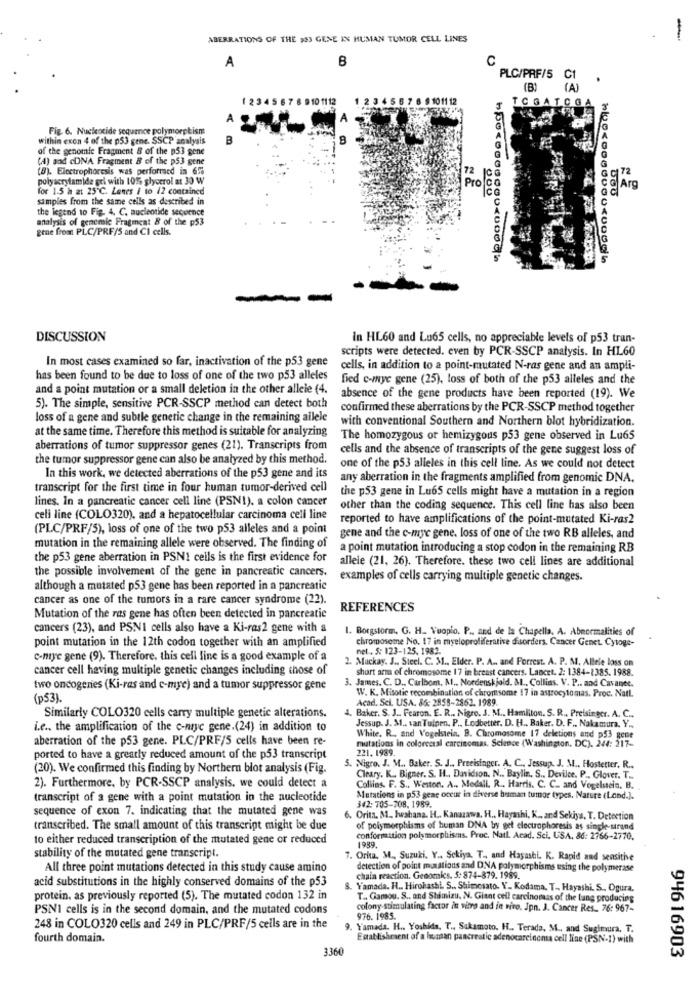
ABERRATIONS OF THE 333 GENE IN HUMAN TUMOR CELL LINES
-
B
C
A
PLC/PRF/5 C1
(B)
(A)
1 2345 6 7 8 9101112
$ 10 11 12
TCGATCGA
A
Fig. 6. Nucleotide sequence polymorphism
within exon 4 of the p53 gene. SSCP analysis
B
of the genomle Fragment 5 of the p53 gene
(4) and coNA Fragment & of the p53 gene
(8). Electrophoresis was performed in 6%
polyacrylamide gel with 101% glycerol at 30 W
72
Pro
9 72
for 1.5 a 2: 25℃. Lenes / to /2 contained
Arg
samples from the same cells as described in
the legend to Fig. 4. C. nucleotide sequence
analysis of genemie Fragment & of the p53
gene from PLC/PRF/S and Cl cells.
8800200000
DISCUSSION
In HL60 and Lu65 cells, no appreciable levels of p53 tran-
scripts were detected. even by PCR-SSCP analysis. In HL60
In most cases examined so far, inactivation of the p53 gene
cells, in addition to a point-mutated N-ras gene and an ampli-
has been found to be due to loss of one of the two p53 alleles
fied c-mye gene (25), loss of both of the p53 alleles and the
and a point mutation or a small deletion in the other allele (4.
absence of the gene products have been reported (19). We
5). The simple, sensitive PCR-SSCP method can detect both
confirmed these aberrations by the PCR-SSCP method together
loss of a gene and subtle genetic change in the remaining ailele
with conventional Southern and Northern blot hybridization.
at the same time. Therefore this method is suitable for analyzing
The homozygous or hemizygous p53 gene observed in Lu65
aberrations of tumor suppressor genes (21). Transcripts from
cells and the absence of transcripts of the gene suggest loss of
the tumor suppressor gene can also be analyzed by this method.
one of the p53 alleles in this cell line. As we could not detect
In this work, we detected aberrations of the p53 gene and its
any aberration in the fragments amplified from genomic DNA.
transcript for the first time in four human tumor-derived cell
the p53 gene in Lu65 cells might have a mutation in a region
lines. In a pancreatic cancer cell line (PSN1). a colon cancer
other than the coding sequence. This cell line has also been
celi line (COLO320), and a hepatocellular carcinoma cell line
reported to have amplifications of the point-mutated Ki-ras2
(PLC/PRF/5), loss of one of the two p53 alleles and a point
gene and the c-mye gene. loss of one of the two RB alleles, and
mutation in the remaining allele were observed. The finding of
a point mutation introducing a stop codon in the remaining RB
the p53 gene aberration in PSN1 cells is the first evidence for
allele (21, 26). Therefore. these two cell lines are additional
the possible involvement of the gene in pancreatic cancers.
examples of cells carrying multiple genetic changes.
although a mutated p53 gene has been reported in a pancreatic
cancer as one of the tumors in a rare cancer syndrome (22).
REFERENCES
Mutation of the ras gene has often been detected in pancreatic
cancers (23), and PSNI cells also have a Ki-ras2 gene with a
1. Borgstorm. G. H. Vuopio. P ., and de la Chapella. A. Abnormalities of
point mutation in the 12th codon together with an amplified
chromosome No. 17 in myeloproliferative disorders, Cancer Genet. Cytoge-
net .. $: 123-125. 1982.
c-mye gene (9). Therefore, this cell line is a good example of a
2. Muckay. J ., Steel. C. M ., Elder. P. A .. and Forrest. A. P. M. Allele loss on
cancer cell having multiple genetic changes including those of
short arm of chromosome 17 in breast cancers. Lancet. 2: 1384-1385. 1988.
3. James. C. D ., Carlbom, M .. Nordenskjold. &l ., Collias. V. P .. and Cavance.
two oncogenes (Ki-ras and c-mye) and a tumor suppressor gene
W. K. Misotic recombination of chromsome 17 in astrocytomas. Proc. Natl.
(ps3).
Acad, Sci. USA. 86: 2855-2862. 1989.
Similarly COLO320 cells carry multiple genetic alterations.
. Baker. S. J .. Fearon. E. R .. Nigro. S. M ., Hamilton. S. R ., Preisinger. A. C ..
i.e ., the amplification of the c-niye gene.(24) in addition to
Jessup. J. M .. van Tuinen. P ., Lodbetter. D. H ., Baker. D. F ., Nakamura, Y ..
aberration of the p53 gene. PLC/PRF/5 cells have been re-
White. R ., and Vogelstein. B. Chromosome 17 deletions and p53 gene
mutations in colorectal carcinomas. Science (Washington, DC). 244: 217-
221. 1989.
ported to have a greatly reduced amount of the p53 transcript
(20). We confirmed this finding by Northern blot analysis (Fig.
5. Nigro. J. M ., Baker. S. J ., Preeisinger. A. C ., Jessup. J. M .. Hostetter. R ..
Cleary. K. Bigner. S. H ., Davidson. N .. Baylin, S .. Devilce. P ., Glover. T ..
2). Furthermore, by PCR-SSCP analysis. we could detect a
Collins. F. S ., Weston. A ., Modall. R ., Harris. C. C. and Vogelstein. B.
transcript of a gene with a point mutation in the nucleotide
Mutations in p53 gene occur in diverse buman tumor types. Nature (Lond.].
sequence of exon 7. indicating that the mutated gene was
342: 705-708. 1989.
6. Orita. M .. Iwahana. H .. Kanazawa, H ., Hayashi, K ., and Sekiya, T. Detection
transcribed. The small amount of this transcript might be due
of polymorphisms of human DNA by get electrophoresis as single-strand
to either reduced transcription of the mutated gene or reduced
conformation polymorphisms. Proc. Natl. Acad. Sci. USA. 86: 2766-2770.
1989.
stability of the mutated gene transcript.
7. Orka. M ., Suzuki. Y ., Sekiya. T ., and Hayashi. K. Rapid and sensitive
All three point mutations detected in this study cause amino
detection of point maxations and D.NA polymorphisms using the polymerase
acid substitutions in the highly conserved domains of the p53
chain reaction. Genomics. 5: 874-879. 1989.
Yamada. H .. Hirohashi. S ., Shimosato. Y. Kodama. T ., Hayashi. S ., Ogura.
protein, as previously reported (5). The mutated codon 132 in
T ., Gamou. S ., and Shimizu, N. Giant cell carcinomas of the lung producing
PSNI cells is in the second domain, and the mutated codons
colony stimulating factor in vitro and in niro. Jpn. J. Cancer Res. 76: 967-
976. 1985.
248 in COLO320 cells and 249 in PLC/PRF/5 cells are in the
. Yamada. H .. Yoshida, T ., Sakamoto. H .. Terada, M ., and Suginura, T.
fourth domain.
Establishment of a human pancreatic adenocarcinoma cell line (PSN-1) with
3360
94616903